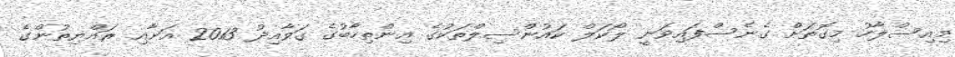
މިއިސްލާހު މިގޮތަށް ގެނެސްފައިވަނީ ލޯކަލް ކައުންސިލްތަކުގެ އިންތިހާބުގެ ގަވާއިދު 2013 އަށާއި ރައްޔިތުންގެ